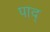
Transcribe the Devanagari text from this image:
पाद्